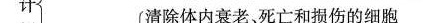
计清除体内衰老、死亡和损伤的细胞